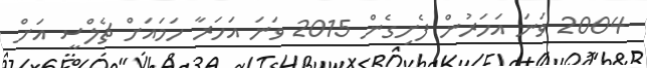
2004 ވަނަ އަހަރުން ފެށިގެން 2015 ވަނަ އަހަރާ ހަމައަށް ޗެލްސީ އަށް